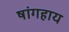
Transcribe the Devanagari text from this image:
षांगहाय